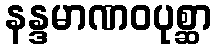
နန္ဒမာဏဝပုစ္ဆာ